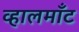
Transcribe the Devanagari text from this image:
व्हालमाँट